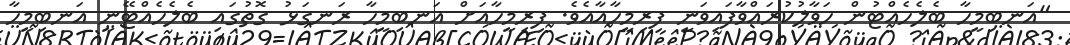
"އަނބިމީހާ ބެލެހެއްޓުން ހަވާލުކުރައްވާފައިވަނީ ފިރިމީހާއާއެވެ. ފިރިމީހާއަށް އަނބިމީހާ ރަނގަޅު ގޮތުގައި ބެލެހެއްޓޭނީ އަނބިމީހާ